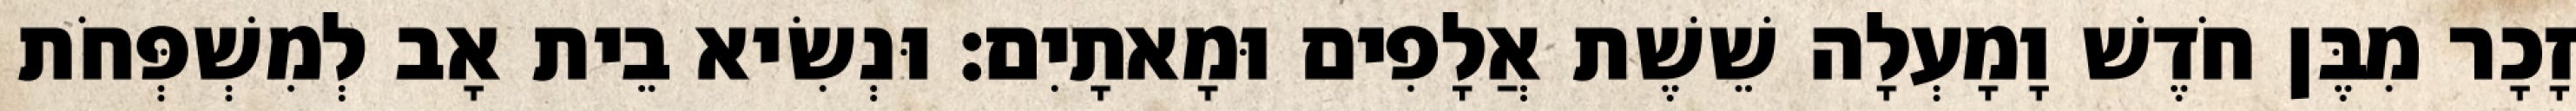
זָכָר מִבֶּן חֹדֶשׁ וָמָעְלָה שֵׁשֶׁת אֲלָפִים וּמָאתָיִם׃ וּנְשִׂיא בֵית אָב לְמִשְׁפְּחֹת